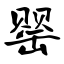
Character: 罂